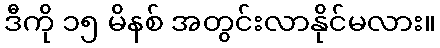
ဒီကို ၁၅ မိနစ် အတွင်းလာနိုင်မလား။